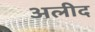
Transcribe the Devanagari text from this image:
अलीद